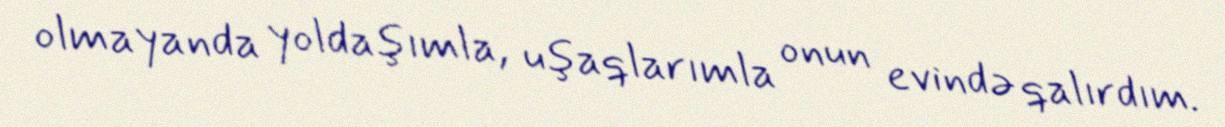
olmayanda yoldaşımla, uşaqlarımla onun evində qalırdım.